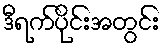
ဒီရက်ပိုင်းအတွင်း